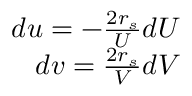
\begin{array} { r } { d u = - \frac { 2 r _ { s } } { U } d U } \\ { d v = \frac { 2 r _ { s } } { V } d V } \end{array}